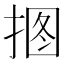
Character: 𱠊